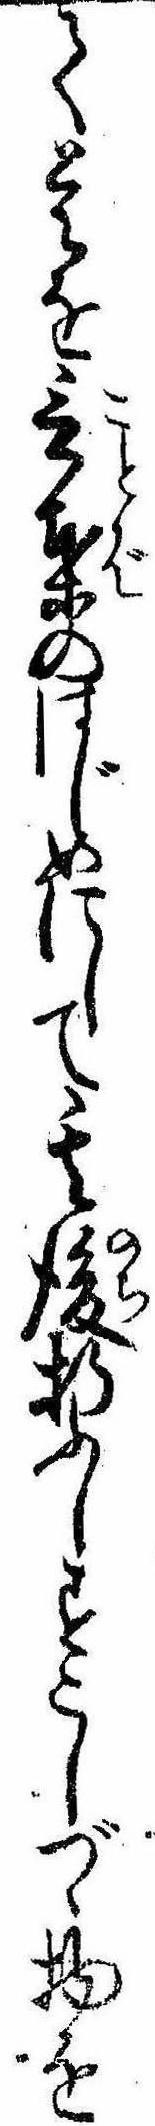
て是を言葉のはじめにして其後折ふしすこしづゝ物を